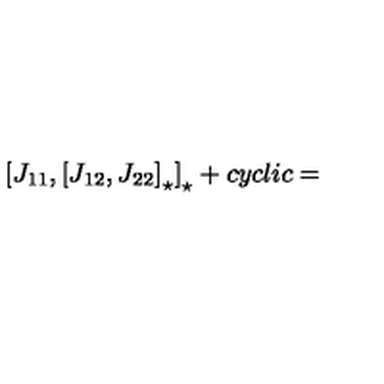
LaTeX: \left[ J _ { 1 1 } , \left[ J _ { 1 2 } , J _ { 2 2 } \right] _ { \star } \right] _ { \star } + c y c l i c =